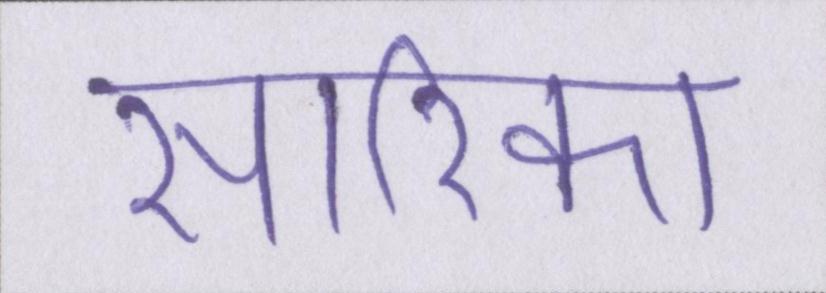
सारिका